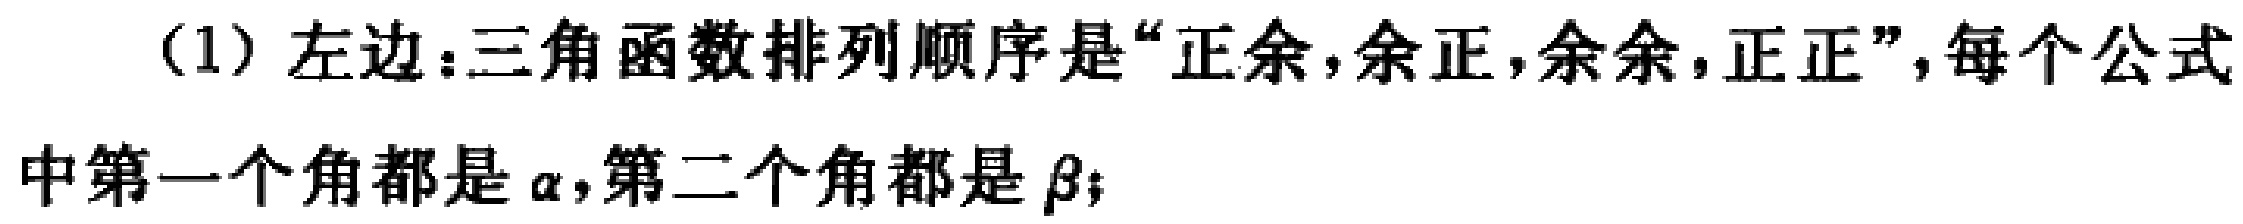
(1) 左边：三角函数排列顺序是“正余,余正,余余,正正”，每个公式中第一个角都是$\alpha$，第二个角都是$\beta$；